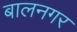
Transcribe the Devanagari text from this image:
बालनगर